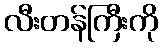
လီးတန်ကြီးကို